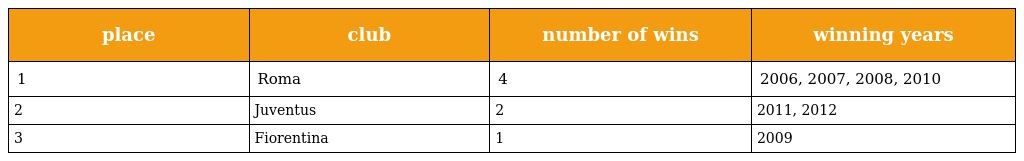
| place | club | number of wins | winning years |
 | --- | --- | --- | --- |
 | 1 | Roma | 4 | 2006, 2007, 2008, 2010 |
 | 2 | Juventus | 2 | 2011, 2012 |
 | 3 | Fiorentina | 1 | 2009 |